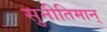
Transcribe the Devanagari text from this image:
सुनीतिमान्‌